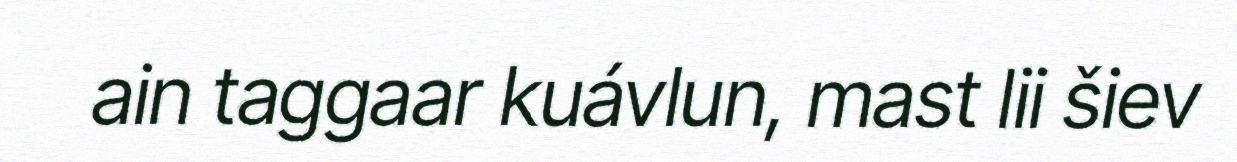
ain taggaar kuávlun, mast lii šiev